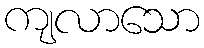
ကျလာသော